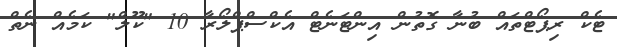
ޓެކް ރިޕޯޓްތައް ބުނާ ގޮތުން އިންޓަނެޓް އެކްސްޕްލޯރާ 10 "ކޫލް" ކަމެއް ނެތް